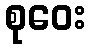
စုဝေး